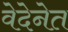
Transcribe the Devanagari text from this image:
वेदेनेत